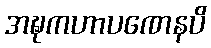
အဍ္ဎကဟာပဏေနပိ